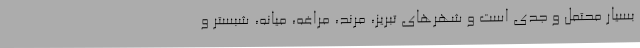
بسیار محتمل و جدی است و شهرهای تبریز، مرند، مراغه، میانه، شبستر و